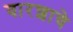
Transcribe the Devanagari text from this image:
वारशाचे